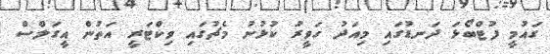
ގައުމީ ފުޓްބޯޅަ ދަނޑުގައި މިއަދު ހަވީރު ކުޅުނު މެޗުގައި ވިކްޓަރީ އަތުން އީގަލްސް